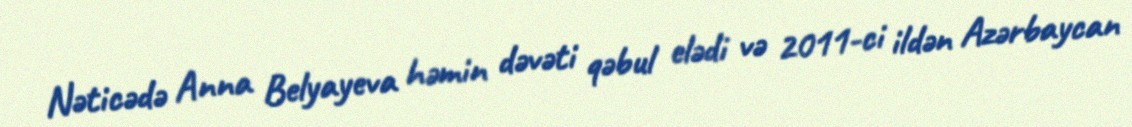
Nəticədə Anna Belyayeva həmin dəvəti qəbul elədi və 2011-ci ildən Azərbaycan